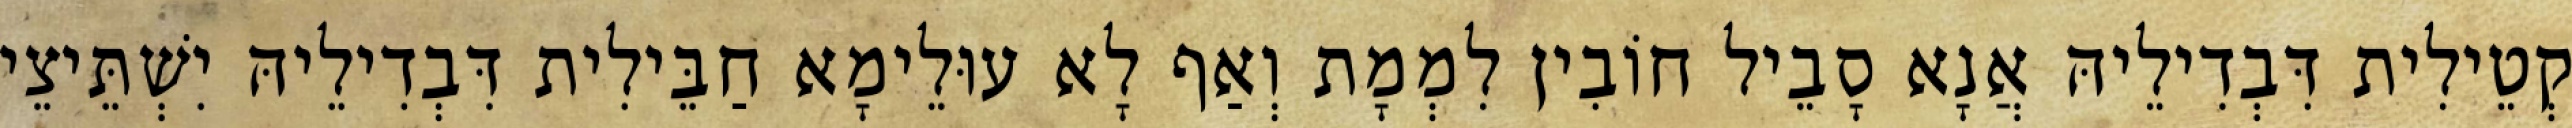
קְטֵילִית דִּבְדִילֵיהּ אֲנָא סָבֵיל חוֹבִין לִמְמָת וְאַף לָא עוּלֵימָא חַבֵּילִית דִּבְדִילֵיהּ יִשְׁתֵּיצֵי